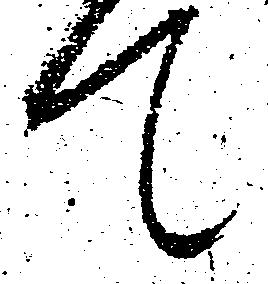
て